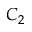
C _ { 2 }